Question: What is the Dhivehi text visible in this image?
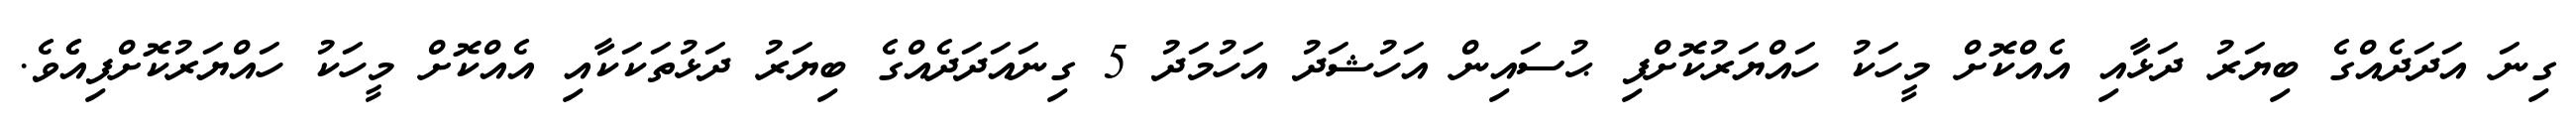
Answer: ގިނަ އަދަދެއްގެ ބިޔަރު ދަޅާއި އެއްކޮށް މީހަކު ހައްޔަރުކޮށްފި ޙުސައިން އަހުޝަދު އަހުމަދު 5 ގިނައަދަދެއްގެ ބިޔަރު ދަޅުތަކަކާއި އެއްކޮށް މީހަކު ހައްޔަރުކޮށްފިއެެވެ.